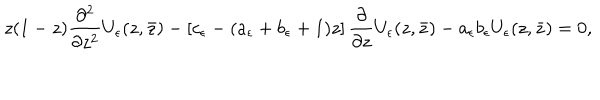
z ( 1 - z ) \frac { \partial ^ { 2 } } { \partial z ^ { 2 } } U _ { \epsilon } ( z , \bar { z } ) - \left[ c _ { \epsilon } - ( a _ { \epsilon } + b _ { \epsilon } + 1 ) z \right] \frac { \partial } { \partial z } U _ { \epsilon } ( z , \bar { z } ) - a _ { \epsilon } b _ { \epsilon } U _ { \epsilon } ( z , \bar { z } ) = 0 ,